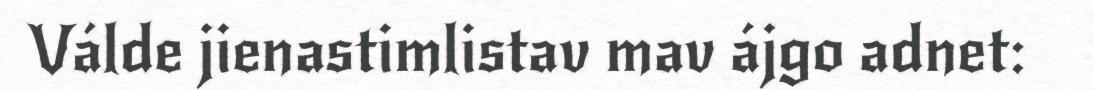
Válde jienastimlistav mav ájgo adnet: